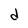
Character: d